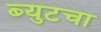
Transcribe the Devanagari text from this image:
ब्युटचा